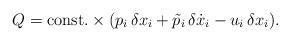
LaTeX: \begin{align*}Q={\rm const.}\times (p_{i}\,\delta x_{i}+\tilde{p}_{i}\,\delta\dot{x}_{i}-u_{i}\,\delta x_{i}).\end{align*}